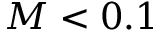
M < 0 . 1